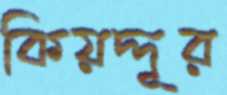
কিয়দ্দূর